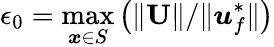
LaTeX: \epsilon_{0}=\operatorname*{max}_{\boldsymbol{x}\in S}\left(\Vert\textbf{U}\Vert/\Vert\boldsymbol{u}_{f}^{*}\Vert\right)